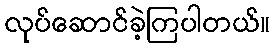
လုပ်ဆောင်ခဲ့ကြပါတယ်။